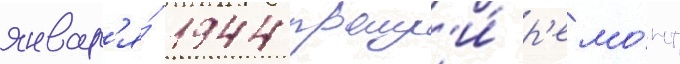
январ'я́ 1944 прошл'и́ р'емо́нт